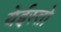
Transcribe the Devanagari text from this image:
येईस्तो